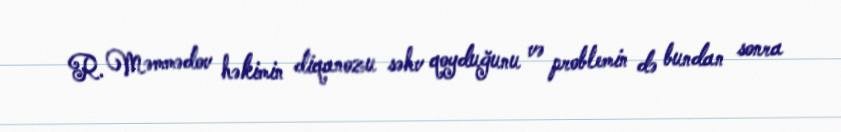
R. Məmmədov həkimin diqanozu səhv qoyduğunu və problemin də bundan sonra